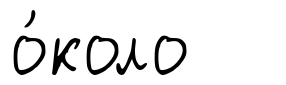
о́коло